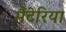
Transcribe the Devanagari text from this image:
मैटेरिया